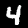
Label: 4